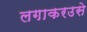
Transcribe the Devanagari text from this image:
लगाकरउसे